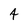
Character: 4